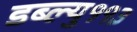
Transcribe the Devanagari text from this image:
डब्ल्यु११३